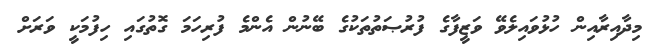
މިދާއިރާއިން ހުޅުވައިލެވޭ ވަޒީފާގެ ފުރުޞަތުތަކުގެ ބޭނުން އެންމެ ފުރިހަމަ ގޮތުގައި ހިފުމަކީ ވަރަށް